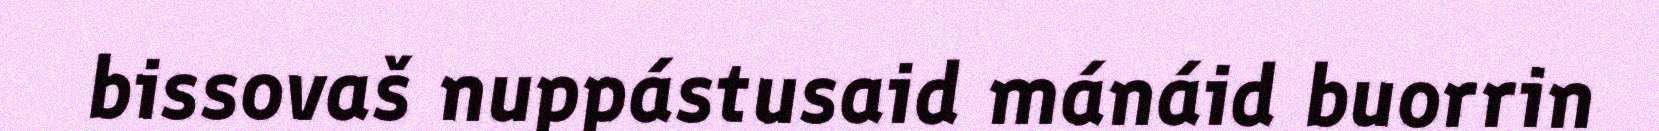
bissovaš nuppástusaid mánáid buorrin